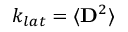
k _ { l a t } = \langle \mathbf { D } ^ { 2 } \rangle